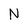
Character: N